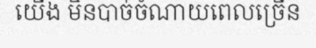
យើង មិនបាច់ចំណាយពេលច្រើន